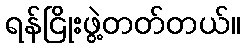
ရန်ငြိုးဖွဲ့တတ်တယ်။